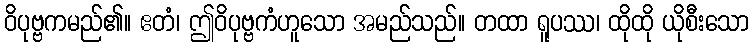
ဝိပုဗ္ဗကမည်၏။ ဧတံ၊ ဤဝိပုဗ္ဗကံဟူသော အမည်သည်။ တထာ ရူပဿ၊ ထိုထို ယိုစီးသော